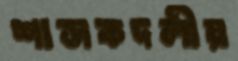
শাসকদলীয়